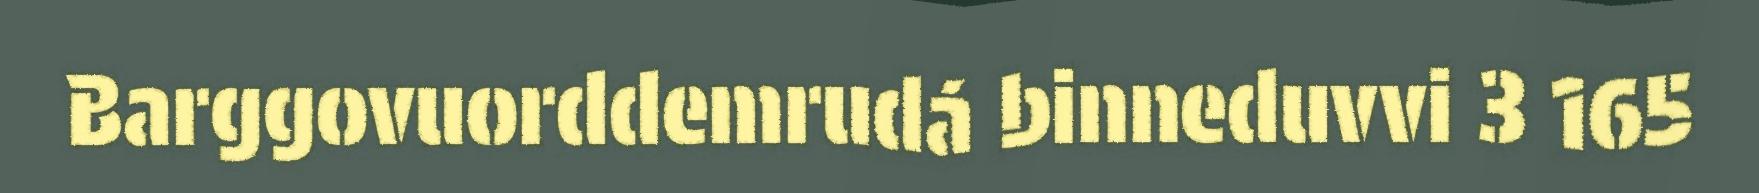
Barggovuorddemrudá binneduvvi 3 165